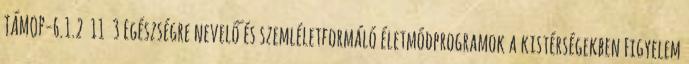
TÁMOP-6.1.2 11 3 Egészségre nevelő és szemléletformáló életmódprogramok a kistérségekben Figyelem